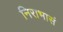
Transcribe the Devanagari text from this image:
निराभासं